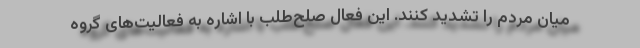
میان مردم را تشدید کنند. این فعال صلح‌طلب با اشاره به فعالیت‌های گروه